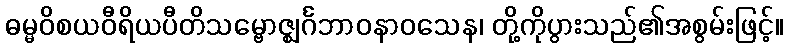
ဓမ္မဝိစယဝီရိယပီတိသမ္ဗောဇ္ဈင်္ဂဘာဝနာဝသေန၊ တို့ကိုပွားသည်၏အစွမ်းဖြင့်။